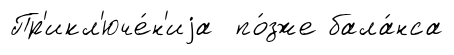
Пр'икл'юче́н'иjа по́зже бала́нса